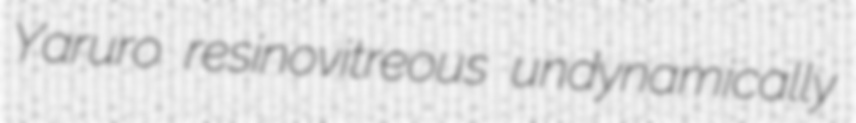
Yaruro resinovitreous undynamically